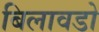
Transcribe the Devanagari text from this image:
बिलावडो